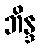
ဘိန္ဒ